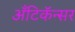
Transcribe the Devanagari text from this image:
अँटिकॅन्सर